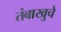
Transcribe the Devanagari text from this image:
तंबाखुचे